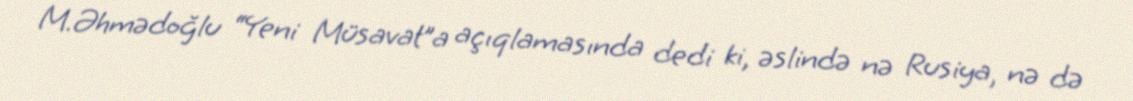
M.Əhmədoğlu “Yeni Müsavat”a açıqlamasında dedi ki, əslində nə Rusiya, nə də